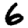
Digit: 6